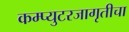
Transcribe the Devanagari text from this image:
कम्प्युटरजागृतीचा